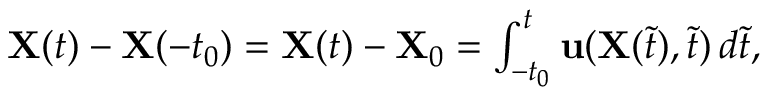
\begin{array} { r } { \mathbf { X } ( t ) - \mathbf { X } ( - t _ { 0 } ) = \mathbf { X } ( t ) - \mathbf { X } _ { 0 } = \int _ { - t _ { 0 } } ^ { t } \mathbf { u } ( \mathbf { X } ( \tilde { t } ) , \tilde { t } ) \, d \tilde { t } , } \end{array}